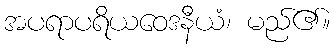
အပရာပရိယဝေဒနီယံ၊ မည်၏။